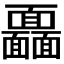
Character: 𩉖